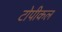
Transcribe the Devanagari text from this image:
टोपीकल